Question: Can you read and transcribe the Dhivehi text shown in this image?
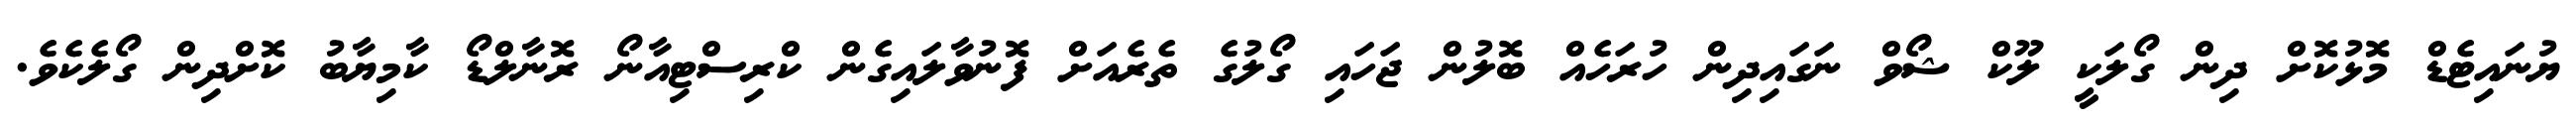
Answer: ޔުނައިޓެޑް މޮޅުކޮށް ދިން ގޯލަކީ ލޫކް ޝޯވް ނަގައިދިން ހުރަހެއް ބޮލުން ޖަހައި ގޯލުގެ ތެރެއަށް ފޮނުވާލައިގެން ކްރިސްޓިއާނޯ ރޮނާލްޑޯ ކާމިޔާބު ކޮށްދިން ގޯލެކެވެ.